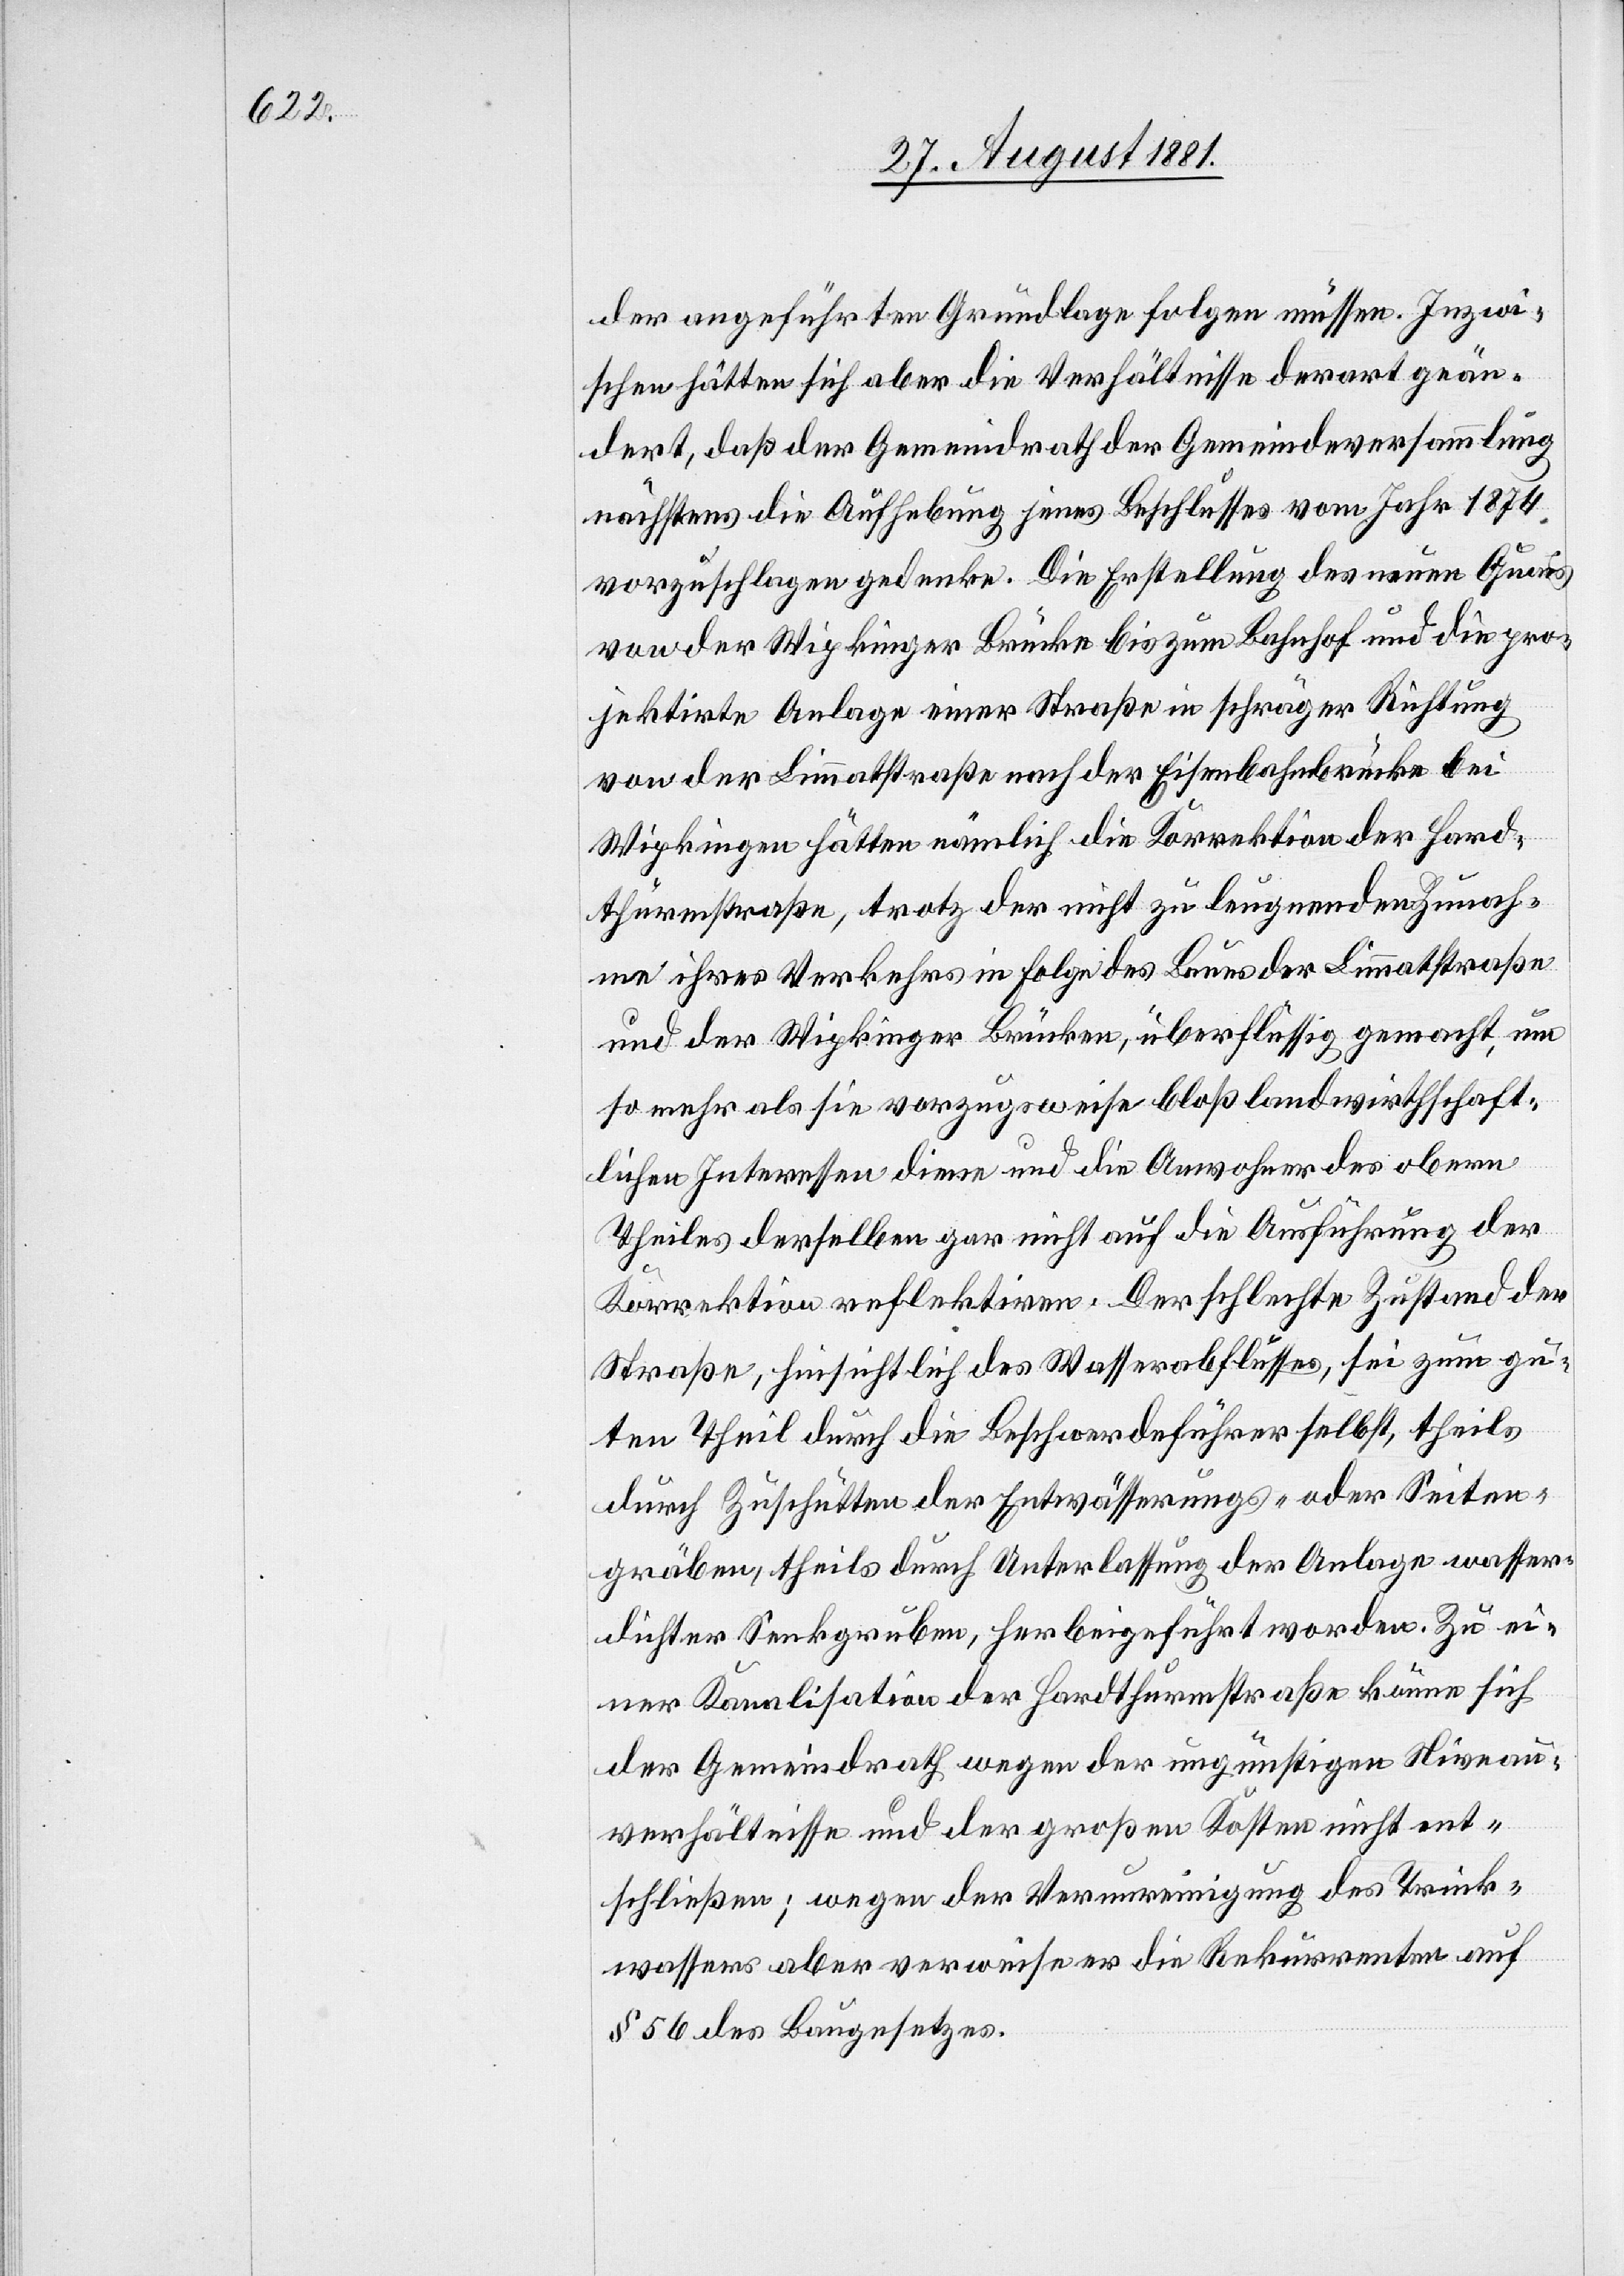
der angeführten Grundlage folgen müssen. Inzwi¬
schen hätten sich aber die Verhältnisse derart geän¬
dert, daß der Gemeindrath der Gemeindeversammlung
nächstens die Aufhebung jenes Beschlusses vom Jahr 1874
vorzuschlagen gedenke. Die Erstellung des neuen Quais
von der Wipkinger Brücke bis zum Bahnhof und die pro¬
jektirte Anlage einer Straße in schräger Richtung
von der Limmatstraße nach der Eisenbahnbrücke bei
Wipkingen hätten nämlich die Korrektion der Hard¬
thurmstraße, trotz der nicht zu leugnenden Zunah¬
me ihres Verkehrs in Folge des Baues der Limmatstraße
und der Wipkinger Brücken, überflüssig gemacht, um
so mehr als sie vorzugsweise bloß landwirthschaft¬
lichen Interessen diene und die Anwohner des obern
Theils derselben gar nicht auf die Ausführung der
Korrektion reflektiren. Der schlechte Zustand der
Straße, hinsichtlich des Wasserabflusses, sei zum gu¬
ten Theil durch die Beschwerdeführer selbst, theils
durch Zuschütten der Entwässerungs- oder Seiten¬
gräben, theils durch Unterlassung der Anlage wasser¬
dichter Senkgruben, herbeigeführt worden. Zu ei¬
ner Kanalisation der Hardthurmstraße könne sich
der Gemeindrath wegen der ungünstigen Niveau¬
verhältnisse und der großen Kosten nicht ent¬
schließen; wegen der Verunreinigung des Trink¬
wassers aber verweise er die Rekurrenten auf
§ 56 des Baugesetzes.